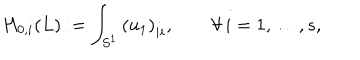
LaTeX: H _ { 0 , i } ( L ) : = \int _ { S ^ { 1 } } \left( u _ { 1 } \right) _ { i i } , \qquad \forall \, i = 1 , \ldots , s ,